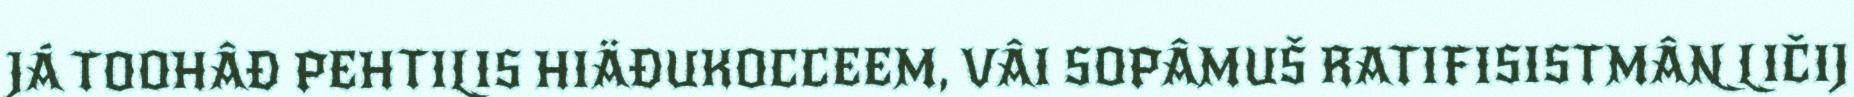
JÁ TOOHÂĐ PEHTILIS HIÄĐUKOCCEEM, VÂI SOPÂMUŠ RATIFISISTMÂN LIČIJ